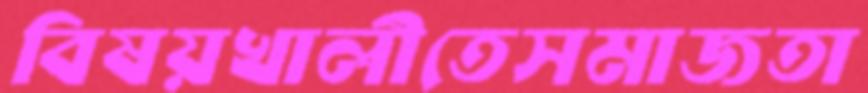
বিষয়খালীতেসমাজতা